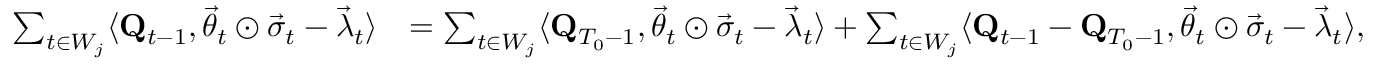
\begin{array} { r l } { \sum _ { t \in W _ { j } } \langle \mathbf Q _ { t - 1 } , \vec { \theta } _ { t } \odot \vec { \sigma } _ { t } - \vec { \lambda } _ { t } \rangle } & { = \sum _ { t \in W _ { j } } \langle \mathbf Q _ { T _ { 0 } - 1 } , \vec { \theta } _ { t } \odot \vec { \sigma } _ { t } - \vec { \lambda } _ { t } \rangle + \sum _ { t \in W _ { j } } \langle \mathbf Q _ { t - 1 } - \mathbf Q _ { T _ { 0 } - 1 } , \vec { \theta } _ { t } \odot \vec { \sigma } _ { t } - \vec { \lambda } _ { t } \rangle , } \end{array}